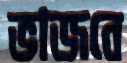
ভাজবে